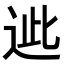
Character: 𨒤